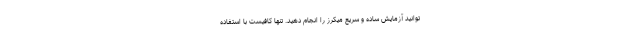
توانید آزمایش ساده و سریع میکرز را انجام دهید. تنها کافیست با استفاده